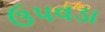
ઉપવડા